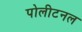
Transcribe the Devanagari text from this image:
पोलीटनल